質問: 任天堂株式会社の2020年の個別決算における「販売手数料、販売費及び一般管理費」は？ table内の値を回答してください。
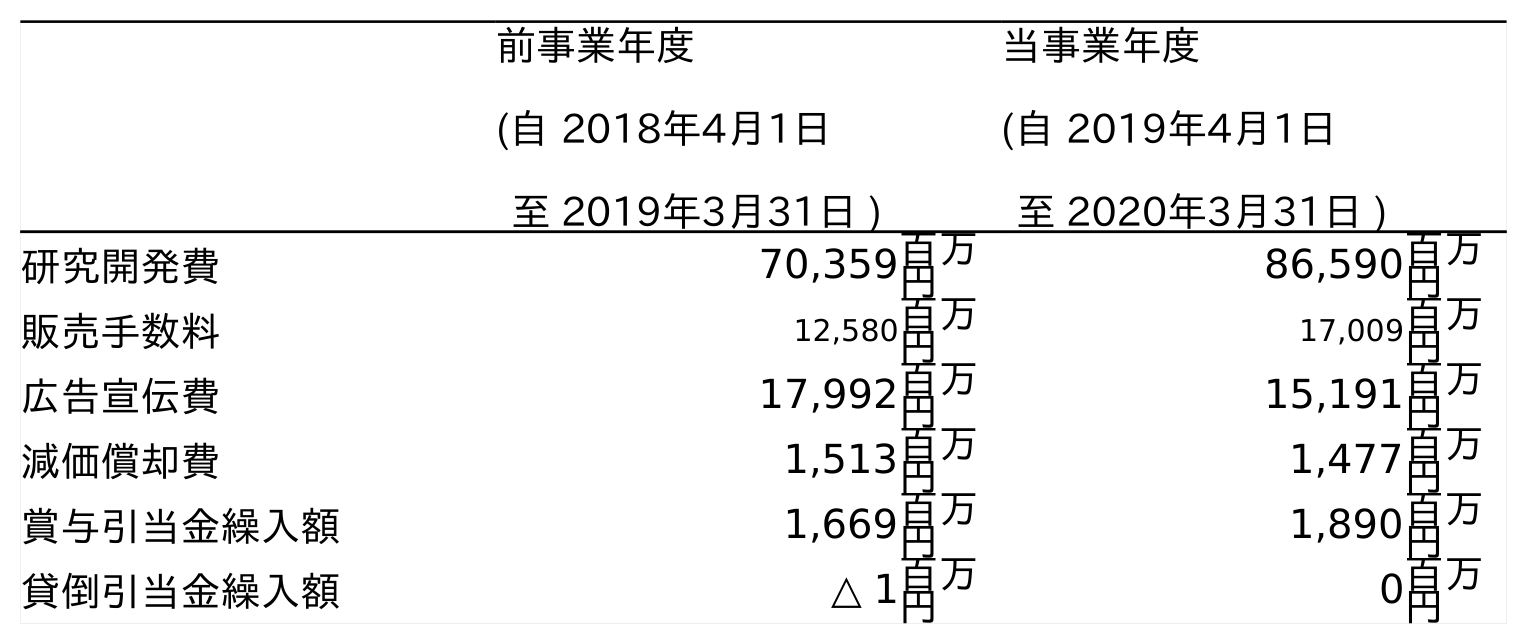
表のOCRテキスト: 前事業年度 (自 2018年4月1日 至 2019年3月31日 ) 当事業年度 (自 2019年4月1日 至 2020年3月31日 ) 研究開発費 70,359百万 円 86,590百万 円 販売手数料 12,580百万 円 17,009百万 円 広告宣伝費 17,992百万 円 15,191百万 円 減価償却費 1,513百万 円 1,477百万 円 賞与引当金繰入額 1,669百万 円 1,890百万 円 貸倒引当金繰入額 △ 1百万 円 0百万 円
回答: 17,009